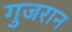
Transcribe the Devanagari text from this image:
गुजरान